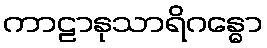
ကာဠာနုသာရိဂန္ဓော